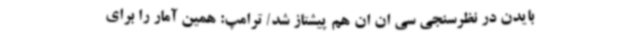
بایدن در نظرسنجی سی ان ان هم پیشتاز شد/ ترامپ: همین آمار را برای